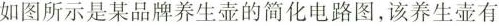
如图所示是某品牌养生壶的简化电路图，该养生壶有